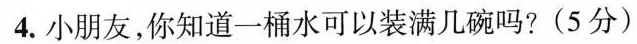
4. 小朋友，你知道一桶水可以装满几碗吗？(5分)